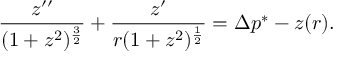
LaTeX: { \frac { z ^ { \prime \prime } } { ( 1 + z ^ { 2 } ) ^ { \frac { 3 } { 2 } } } } + { \frac { z ^ { \prime } } { r ( 1 + z ^ { 2 } ) ^ { \frac { 1 } { 2 } } } } = \Delta p ^ { * } - z ( r ) .